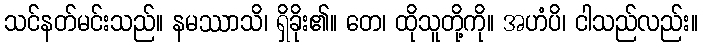
သင်နတ်မင်းသည်။ နမဿာသိ၊ ရှိခိုး၏။ တေ၊ ထိုသူတို့ကို။ အဟံပိ၊ ငါသည်လည်း။